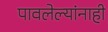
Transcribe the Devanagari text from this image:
पावलेल्यांनाही